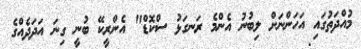
މުއްދަތުގައި އަހަންނަށް ލިބުނު އެންމެ ރަނގަޅު ސްކޮޑް" އެންރީކޭ ބުނީ ގިނަ އަދަދެއްގެ